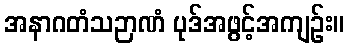
အနာဂတံသဉာဏံ ပုဒ်အဖွင့်အကျဉ်း။